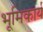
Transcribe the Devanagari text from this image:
भूमिकार्य